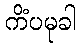
ကိံပမုခါ